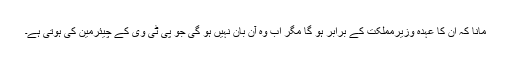
مانا کہ ان کا عہدہ وزیرمملکت کے برابر ہو گا مگر اب وہ آن بان نہیں ہو گی جو پی ٹی وی کے چیئرمین کی ہوتی ہے۔